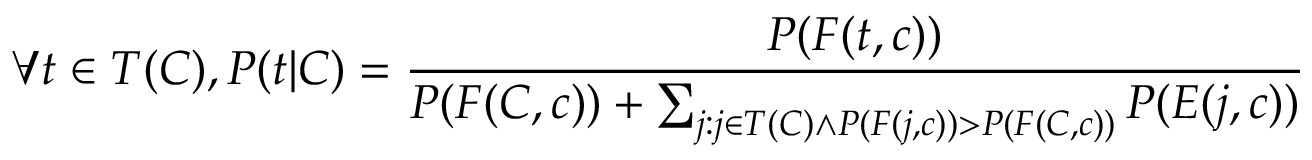
\forall t \in T ( C ) , P ( t | C ) = { \frac { P ( F ( t , c ) ) } { P ( F ( C , c ) ) + \sum _ { j : j \in T ( C ) \land P ( F ( j , c ) ) > P ( F ( C , c ) ) } P ( E ( j , c ) ) } }